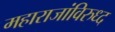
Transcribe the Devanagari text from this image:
महाराजांविरुध्द